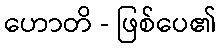
ဟောတိ - ဖြစ်ပေ၏